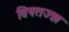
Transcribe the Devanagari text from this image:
विषतज्ज्ञ